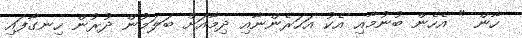
ހާން " އެހެން ބުނުމާއި އެކު އަހަރެންނާއި ދިމާއަށް ބަލަމުން ދުރުން ހިނގާފައި